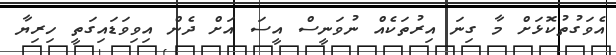
އެވަގުތުކޮޅަށް މާ ގިނަ އިރުތަކެއް ނުވަނީސް އީސަ އަށް ދެން އިވިވަޑައިގަތީ ހިރިޔާ